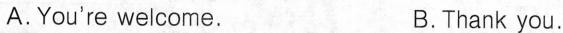
A.You're welcome. B.Thank you.